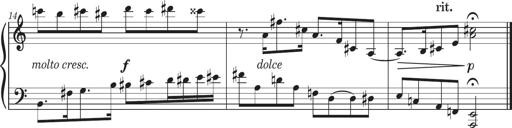
Title: Sonatine in 3 SÃ¤tzen
Composer: Gertrud Schweizer